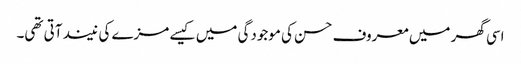
اسی گھر میں معروف حسن کی موجودگی میں کیسے مزے کی نیند آتی تھی۔